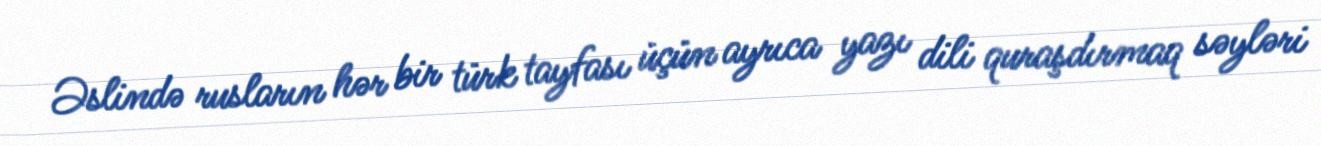
Əslində rusların hər bir türk tayfası üçün ayrıca yazı dili quraşdırmaq səyləri